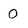
Character: 0